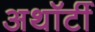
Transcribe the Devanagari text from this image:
अथॉर्टी